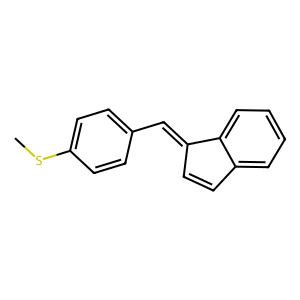
SMILES: CSc1ccc(C=C2C=Cc3ccccc32)cc1
Inhibits HIV replication: No